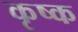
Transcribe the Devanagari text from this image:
कृष्क